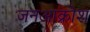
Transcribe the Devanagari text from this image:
जनआक्रोश